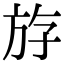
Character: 斿